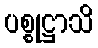
ပစ္စုဋ္ဌာသိ